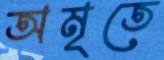
অমৃতে